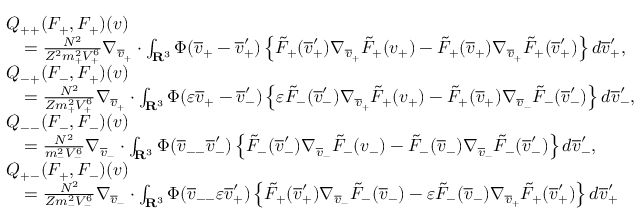
\begin{array} { r l } & { Q _ { + + } ( F _ { + } , F _ { + } ) ( v ) } \\ & { \quad = \frac { N ^ { 2 } } { Z ^ { 2 } m _ { + } ^ { 2 } V _ { + } ^ { 6 } } \nabla _ { \overline { v } _ { + } } \cdot \int _ { \mathbf R ^ { 3 } } \Phi ( \overline { v } _ { + } - \overline { v } _ { + } ^ { \prime } ) \left\{ \tilde { F } _ { + } ( \overline { v } _ { + } ^ { \prime } ) \nabla _ { \overline { v } _ { + } } \tilde { F } _ { + } ( v _ { + } ) - \tilde { F } _ { + } ( \overline { v } _ { + } ) \nabla _ { \overline { v } _ { + } } \tilde { F } _ { + } ( \overline { v } _ { + } ^ { \prime } ) \right\} d \overline { v } _ { + } ^ { \prime } , } \\ & { Q _ { - + } ( F _ { - } , F _ { + } ) ( v ) } \\ & { \quad = \frac { N ^ { 2 } } { Z m _ { + } ^ { 2 } V _ { + } ^ { 6 } } \nabla _ { \overline { v } _ { + } } \cdot \int _ { \mathbf R ^ { 3 } } \Phi ( \varepsilon \overline { v } _ { + } - \overline { v } _ { - } ^ { \prime } ) \left\{ \varepsilon \tilde { F } _ { - } ( \overline { v } _ { - } ^ { \prime } ) \nabla _ { \overline { v } _ { + } } \tilde { F } _ { + } ( v _ { + } ) - \tilde { F } _ { + } ( \overline { v } _ { + } ) \nabla _ { \overline { v } _ { - } } \tilde { F } _ { - } ( \overline { v } _ { - } ^ { \prime } ) \right\} d \overline { v } _ { - } ^ { \prime } , } \\ & { Q _ { -- } ( F _ { - } , F _ { - } ) ( v ) } \\ & { \quad = \frac { N ^ { 2 } } { m _ { - } ^ { 2 } V _ { - } ^ { 6 } } \nabla _ { \overline { v } _ { - } } \cdot \int _ { \mathbf R ^ { 3 } } \Phi ( \overline { v } _ { -- } \overline { v } _ { - } ^ { \prime } ) \left\{ \tilde { F } _ { - } ( \overline { v } _ { - } ^ { \prime } ) \nabla _ { \overline { v } _ { - } } \tilde { F } _ { - } ( v _ { - } ) - \tilde { F } _ { - } ( \overline { v } _ { - } ) \nabla _ { \overline { v } _ { - } } \tilde { F } _ { - } ( \overline { v } _ { - } ^ { \prime } ) \right\} d \overline { v } _ { - } ^ { \prime } , } \\ & { Q _ { + - } ( F _ { + } , F _ { - } ) ( v ) } \\ & { \quad = \frac { N ^ { 2 } } { Z m _ { - } ^ { 2 } V _ { - } ^ { 6 } } \nabla _ { \overline { v } _ { - } } \cdot \int _ { \mathbf R ^ { 3 } } \Phi ( \overline { v } _ { -- } \varepsilon \overline { v } _ { + } ^ { \prime } ) \left\{ \tilde { F } _ { + } ( \overline { v } _ { + } ^ { \prime } ) \nabla _ { \overline { v } _ { - } } \tilde { F } _ { - } ( \overline { v } _ { - } ) - \varepsilon \tilde { F } _ { - } ( \overline { v } _ { - } ) \nabla _ { \overline { v } _ { + } } \tilde { F } _ { + } ( \overline { v } _ { + } ^ { \prime } ) \right\} d \overline { v } _ { + } ^ { \prime } } \end{array}